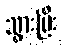
သွားပြီး